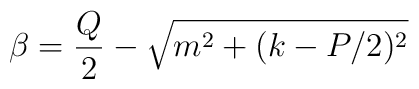
\beta = \frac{Q}{2} - \sqrt{m^{2}+(k-P/2)^{2}}